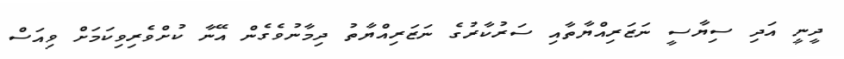
ދީނީ އަދި ސިޔާސީ ނަޒަރިއްޔާތާއި ސަރުކާރުގެ ނަޒަރިއްޔާތު ދިމާނުވެގެން އޭނާ ކުށްވެރިވިކަމަށް ވިއަސް